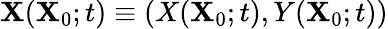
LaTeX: \mathbf{X}(\mathbf{X}_{0};t)\equiv(X(\mathbf{X}_{0};t),Y(\mathbf{X}_{0};t))